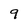
Character: 9